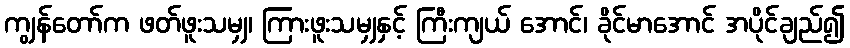
ကျွန်တော်က ဖတ်ဖူးသမျှ၊ ကြားဖူးသမျှနှင့် ကြီးကျယ် အောင်၊ ခိုင်မာအောင် အပိုင်ချည်၍